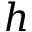
h